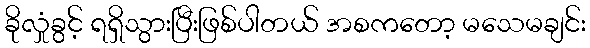
ခိုလှုံခွင့် ရရှိသွားပြီးဖြစ်ပါတယ် အစကတော့ မသေမချင်း